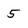
Character: 5